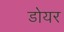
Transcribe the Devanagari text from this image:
डोयर